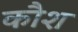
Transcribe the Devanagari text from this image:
कौश